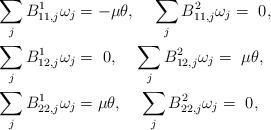
LaTeX: \begin{align*}&\sum_{j} B^{1}_{11,j}\omega_j=-\mu\theta, ~~~\sum_{j} B^{2}_{11,j}\omega_j=~0,\\&\sum_{j} B^{1}_{12,j}\omega_j=~0, ~~~\sum_{j} B^{2}_{12,j}\omega_j=~\mu\theta,\\&\sum_{j} B^{1}_{22,j}\omega_j=\mu\theta, ~~~\sum_{j} B^{2}_{22,j}\omega_j=~0,\end{align*}